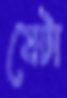
যেটা